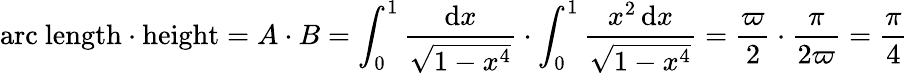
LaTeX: {\textrm{arc}}\ {\textrm{length}}\cdot{\textrm{height}}=A\cdot B=\int_{0}^{1}{\frac{\mathrm{d}x}{\sqrt{1-x^{4}}}}\cdot\int_{0}^{1}{\frac{x^{2}\mathop{\mathrm{d}x}}{\sqrt{1-x^{4}}}}={\frac{\varpi}{2}}\cdot{\frac{\pi}{2\varpi}}={\frac{\pi}{4}}